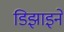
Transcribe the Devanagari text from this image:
डिझाइने